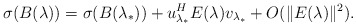
\begin{align*}\sigma(B(\lambda))=\sigma(B(\lambda_*))+u_{\lambda_*}^{H}E(\lambda)v_{\lambda_*}+O(\|E(\lambda)\|^{2}).\end{align*}